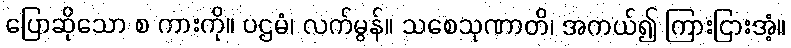
ပြောဆိုသော စ ကားကို။ ပဌမံ၊ လက်မွန်။ သစေသုဏာတိ၊ အကယ်၍ ကြားငြားအံ့။